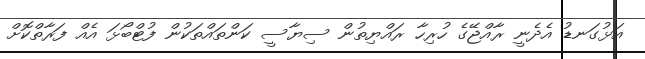
އަޅުގަނޑު އެދެނީ ރާއްޖޭގެ ހުރިހާ ރައްޔިތުން ސިޔާސީ ކަންތައްތަކުން ފުޓްބޯޅަ އެއް ފަރާތްކޮށް